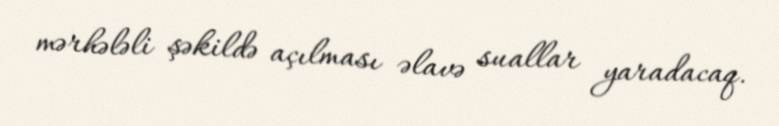
mərhələli şəkildə açılması əlavə suallar yaradacaq.